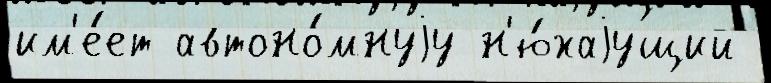
им'е́ет автоно́мнуjу н'ю́хаjущий